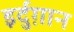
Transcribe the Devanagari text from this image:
इर्दुग़ान